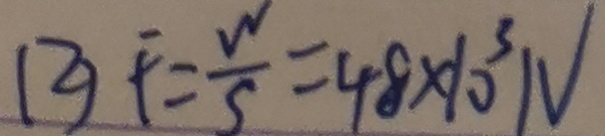
( 2 ) F = \frac { W } { S } = 4 8 \times 1 0 ^ { 3 } N